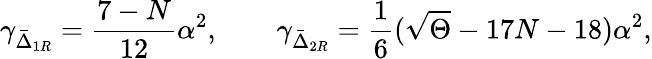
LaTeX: \gamma_{\bar{\Delta}_{1R}}=\frac{7-N}{12}\alpha^{2},\qquad\gamma_{\bar{\Delta}_{2R}}=\frac{1}{6}(\sqrt\Theta-17N-18)\alpha^{2},